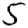
Digit: 5